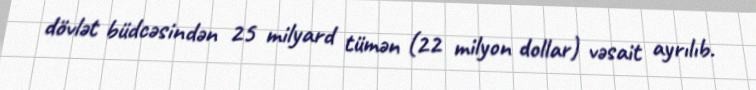
dövlət büdcəsindən 25 milyard tümən (22 milyon dollar) vəsait ayrılıb.